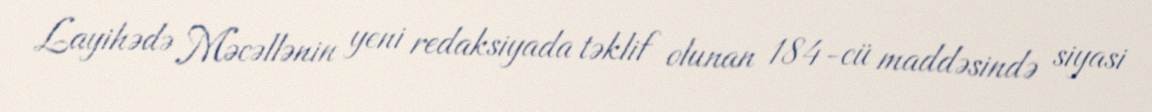
Layihədə Məcəllənin yeni redaksiyada təklif olunan 184-cü maddəsində siyasi